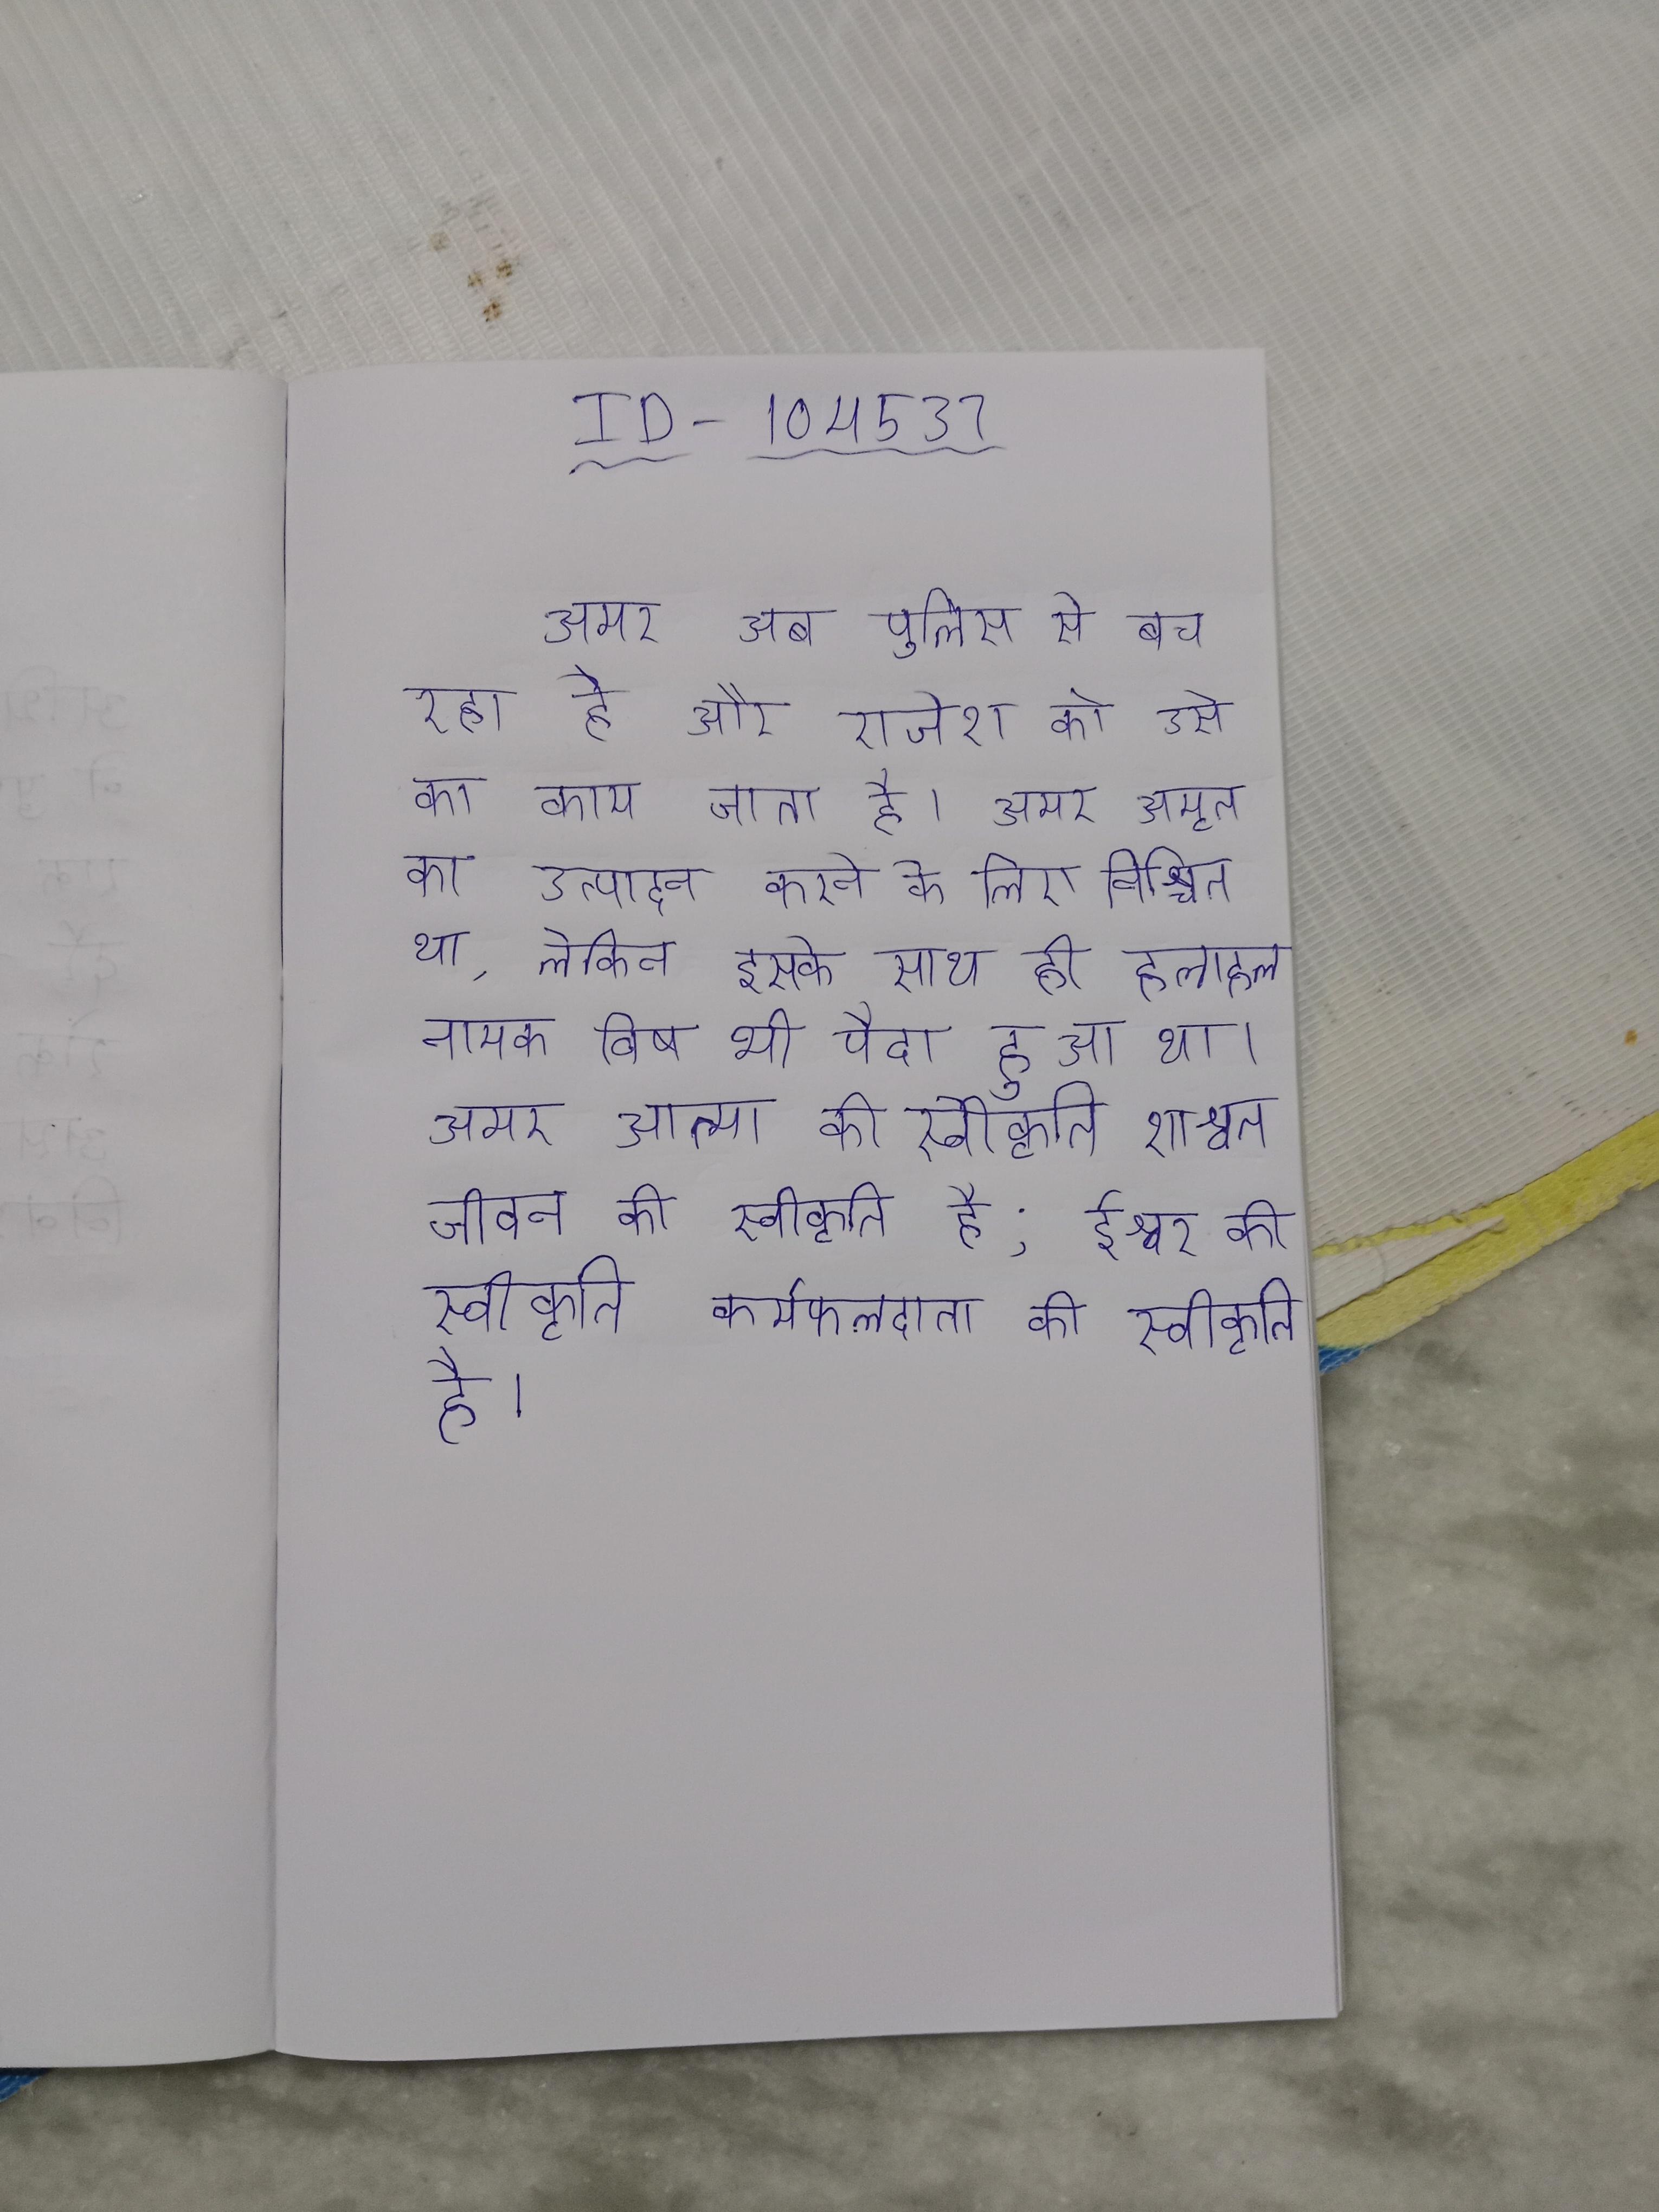
अमर अब पुलिस से बच रहा है और राजेश को उसे का काम जाता है । अमर अमृत का उत्पादन करने के लिए निश्चित था, लेकिन इसके साथ ही हलाहल नामक विष भी पैदा हुआ था । अमर आत्मा की स्वीकृति शाश्वत जीवन की स्वीकृति है; ईश्वर की स्वीकृति कर्मफलदाता की स्वीकृति है ।